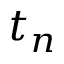
t _ { n }